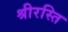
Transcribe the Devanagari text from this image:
श्रीरस्ति